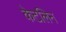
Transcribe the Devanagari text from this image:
केटलिन